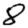
Digit: 8